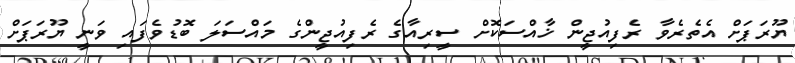
ޔޫރަޕަށް އެތެރެވާ ރެފިއުޖީން ޚާއްސަކޮށް ސީރިއާގެ ރެފިއުޖީންގެ މައްސަލަ ބޮޑުވެފައި ވަނީ ޔޫރަޕަށް